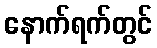
နောက်ရက်တွင်